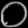
Digit: ၀